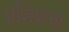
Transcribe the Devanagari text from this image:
प्रशि़शण